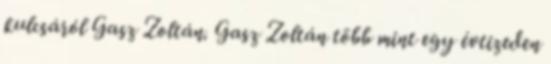
kulcsáról Gasz Zoltán. Gasz Zoltán több mint egy évtizeden